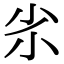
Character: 𡭝